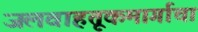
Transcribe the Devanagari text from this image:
जलवाहतूकमार्गाचा